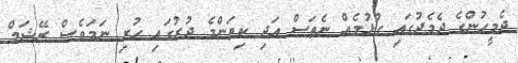
ދެމީހުންގެ ދެމެދުގައި ގުޅުމެއް ނެތަސް އަދި ކިތަންމެ ދުރުގައި ހުރި ނަމަވެސް ރޭޝަމް